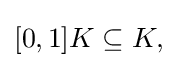
{\textstyle [0,1]K\subseteq K,}